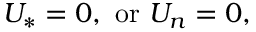
U _ { * } = 0 , ~ \mathrm { o r } ~ U _ { n } = 0 ,